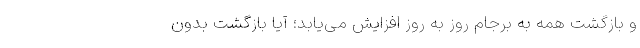
و بازگشتِ همه به برجام روز به روز افزایش می‌یابد؛ آیا بازگشتِ بدون